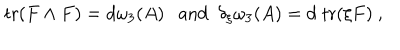
LaTeX: \mathrm { t r } ( F \wedge F ) = d \omega _ { 3 } ( A ) \ \ \ \mathrm { a n d } \ \ \delta _ { \xi } \omega _ { 3 } ( A ) = d \; \mathrm { t r } ( \xi F ) \ ,